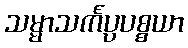
သမ္မာသင်္ကပ္ပပစ္စယာ